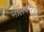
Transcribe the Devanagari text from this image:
नालपरिपुष्प